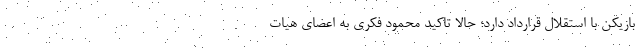
بازیکن با استقلال قرارداد دارد؛ حالا تاکید محمود فکری به اعضای هیات